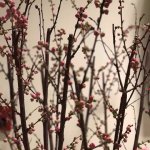
无限春风来海上。便与春工。染得桃红似肉红。